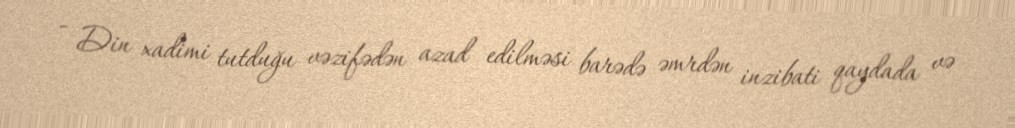
- Din xadimi tutduğu vəzifədən azad edilməsi barədə əmrdən inzibati qaydada və